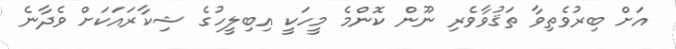
އަށް ބިރުވެތިވާ ތަޤުވާވެރި ނޫން ކޮންމެ މީހަކީ އިބިލީހުގެ ޝިކާރައަކަށް ވެދާނެ